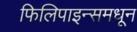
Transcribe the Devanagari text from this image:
फिलिपाइन्समधून